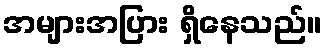
အများအပြား ရှိနေသည်။